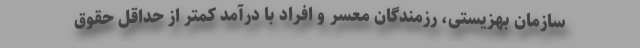
سازمان بهزیستی، رزمندگان معسر و افراد با درآمد کمتر از حداقل حقوق